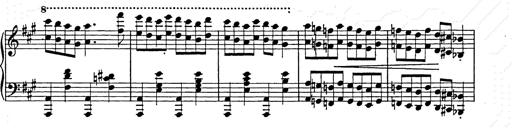
Title: Hungarian Rhapsody No.15
Composer: Franz Liszt
Key: A minor